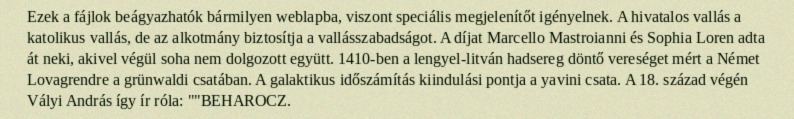
Ezek a fájlok beágyazhatók bármilyen weblapba, viszont speciális megjelenítőt igényelnek. A hivatalos vallás a katolikus vallás, de az alkotmány biztosítja a vallásszabadságot. A díjat Marcello Mastroianni és Sophia Loren adta át neki, akivel végül soha nem dolgozott együtt. 1410-ben a lengyel-litván hadsereg döntő vereséget mért a Német Lovagrendre a grünwaldi csatában. A galaktikus időszámítás kiindulási pontja a yavini csata. A 18. század végén Vályi András így ír róla: ""BEHAROCZ.